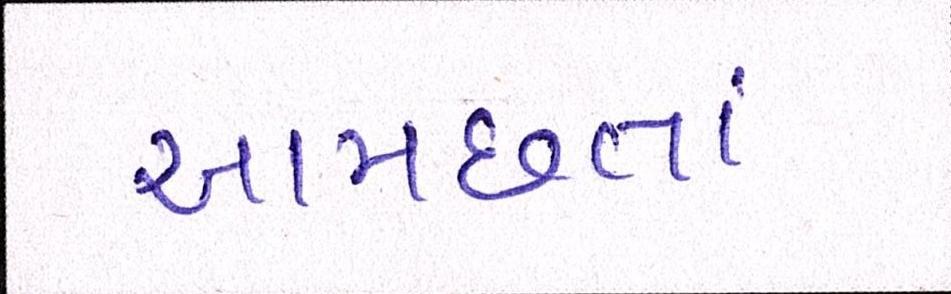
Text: આમછતાં